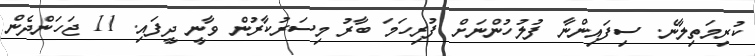
ކުރިމަތިލާނެ. ސިފައިންނާ ފުލުހުންނަށް ފުރިހަމަ ބާރު މިސަރުކާރުން ވާނީ ދީފައި. 11 ޖަހަންދެން